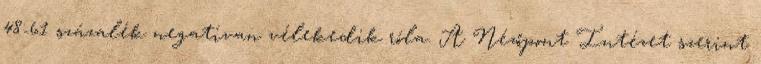
48-61 százalék negatívan vélekedik róla. A Nézőpont Intézet szerint